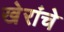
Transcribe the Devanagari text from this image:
खेरांचे